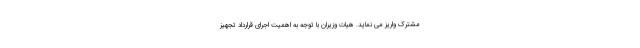
مشترک واریز می نماید. هیات وزیران با توجه به اهمیت اجرای قرارداد تجهیز